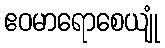
ဧဝမာရောစေယျုံ